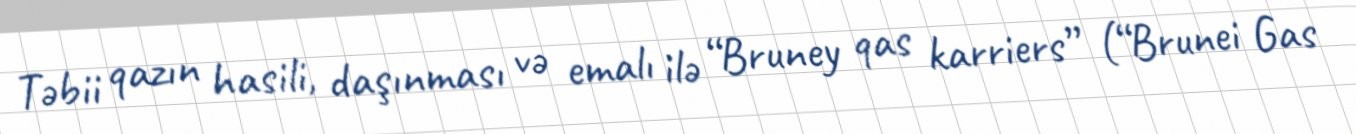
Təbii qazın hasili, daşınması və emalı ilə “Bruney qas karriers” (“Brunei Gas